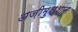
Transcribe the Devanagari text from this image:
अज़ीमुश्शान